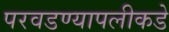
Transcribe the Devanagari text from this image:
परवडण्यापलीकडे